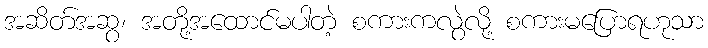
အဆိတ်အဆွ၊ အတို့အထောင်မပါတဲ့ စကားကလွဲလို့ စကားမပြောရဟုသာ